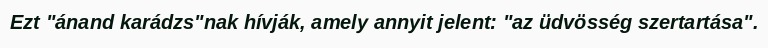
Ezt "ánand karádzs"nak hívják, amely annyit jelent: "az üdvösség szertartása".